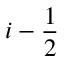
i - \frac { 1 } { 2 }